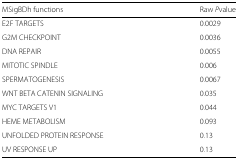
| MSigBDh functions | Raw Pvalue |
 | --- | --- |
 | E2F TARGETS | 0.0029 |
 | G2M CHECKPOINT | 0.0036 |
 | DNA REPAIR | 0.0055 |
 | MITOTIC SPINDLE | 0.006 |
 | SPERMATOGENESIS | 0.0067 |
 | WNT BETA CATENIN SIGNALING | 0.035 |
 | MYC TARGETS V1 | 0.044 |
 | HEME METABOLISM | 0.093 |
 | UNFOLDED PROTEIN RESPONSE | 0.13 |
 | UV RESPONSE UP | 0.13 |